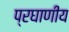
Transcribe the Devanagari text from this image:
प्रघाणीय